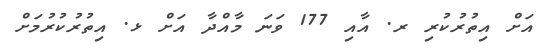
އަށް އިތުރުކުރި ރ. އާއި 177 ވަނަ މާއްދާ އަށް ޅ. އިތުރުކުރުމަށް